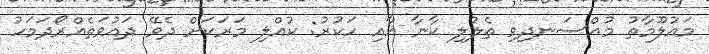
މައުލޫމާތު މުއްސަނދިވި ތެލުލި ކާނާ އާއި ހަކުރު: ކުއްލި މަރަކަށް ދެވޭ ދައުވަތެއްރޯދަމަހު